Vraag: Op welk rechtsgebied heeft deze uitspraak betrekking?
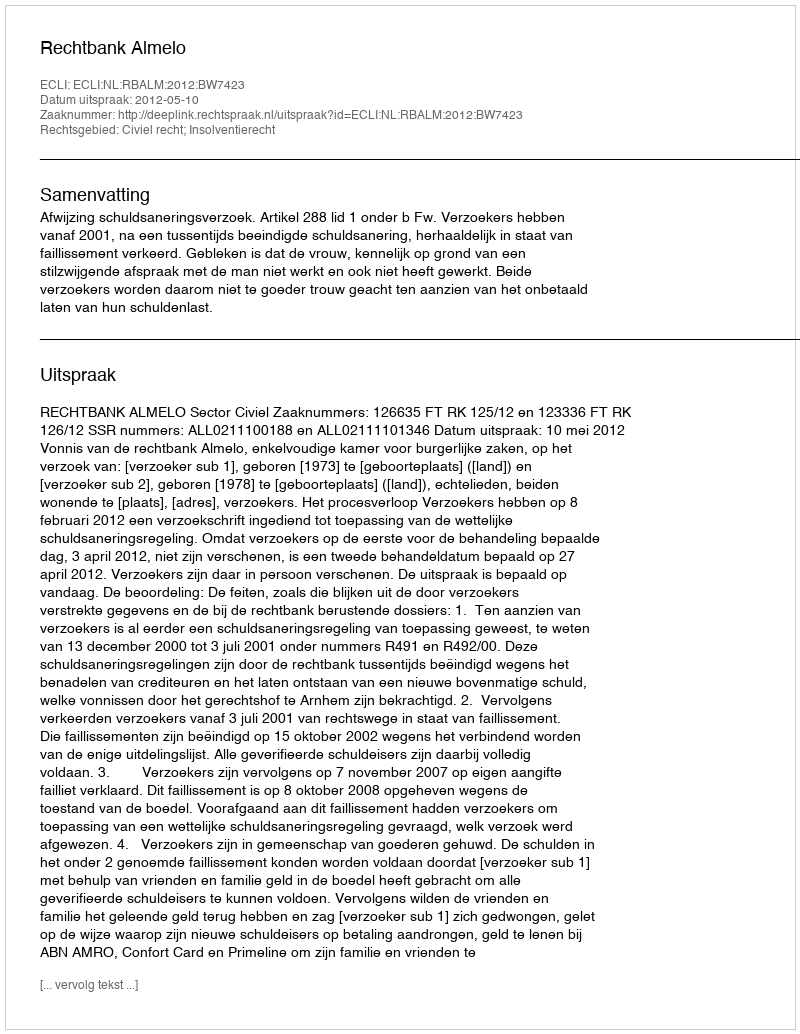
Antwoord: Civiel recht; Insolventierecht